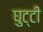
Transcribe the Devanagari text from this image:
घुट्टी